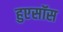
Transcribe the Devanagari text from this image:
हुएसॉस